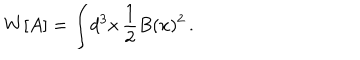
W [ A ] = \int \! d ^ { 3 } x \, \frac { 1 } { 2 } B ( x ) ^ { 2 } \, .